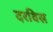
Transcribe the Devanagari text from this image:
दरविस